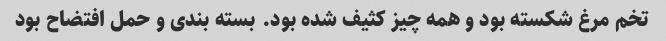
تخم مرغ شکسته بود و همه چیز کثیف شده بود. بسته بندی و حمل افتضاح بود